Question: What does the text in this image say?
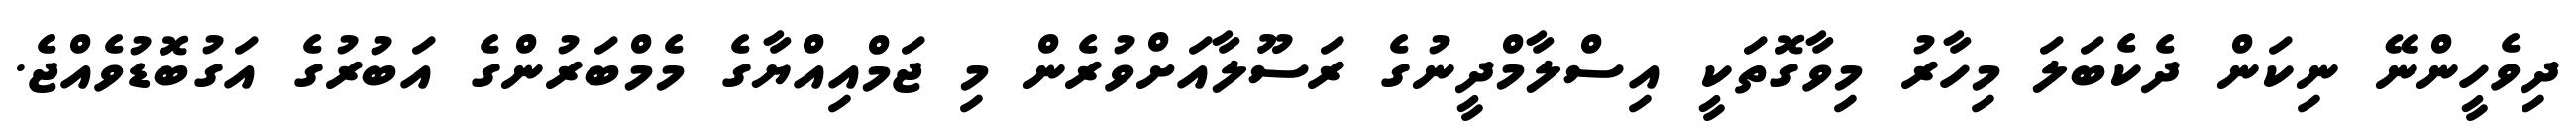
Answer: ދިވެހީންނޭ ނިކަން ދެކެބަލަ މިހާރު މިވާގޮތަކީ އިސްލާމްދީނުގެ ރަސޫލާއަށްވުރެން މި ޖަމްއިއްޔާގެ މެމްބަރުންގެ އަބުރުގެ އަގުބޮޑުވެއްޖެ.